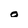
Character: o